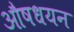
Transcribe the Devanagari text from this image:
औषधयन